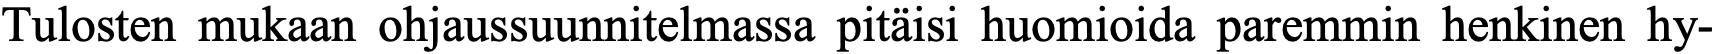
Tulosten mukaan ohjaussuunnitelmassa pitäisi huomioida paremmin henkinen hy-